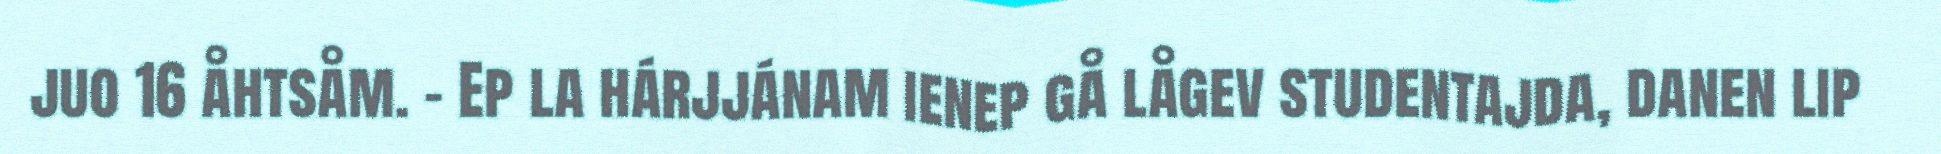
juo 16 åhtsåm. - Ep la hárjjánam ienep gå lågev studentajda, danen lip